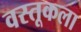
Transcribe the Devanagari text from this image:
वस्तूकला